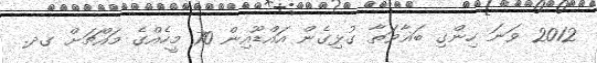
2012 ވަނަ ހިންގި ބަޣާވަތާ ގުޅިގެން އައްޑޫއިން 70 މީހެއްގެ މައްޗަށް ގދ.